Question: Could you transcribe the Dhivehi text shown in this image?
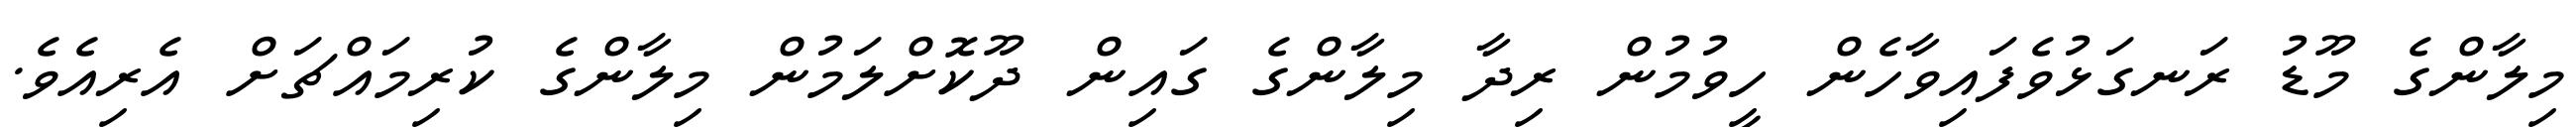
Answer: މިލާންގެ މޫޑު ރަނގަޅުވެފައިވާހެން ހީވުމުން ރިދާ މިލާންގެ ގައިން ދޫކޮށްލަމުން މިލާންގެ ކުރިމައްޗަށް އެރިއެވެ.